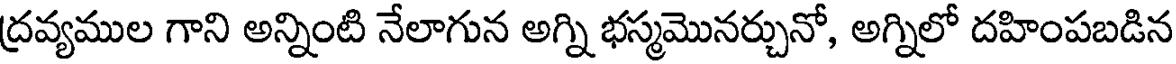
ద్రవ్యముల గాని అన్నింటి నేలాగున అగ్ని భస్మమొనర్చునో, అగ్నిలో దహింపబడిన